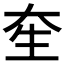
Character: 𤯗